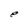
Character: e